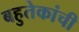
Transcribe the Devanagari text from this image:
बहुतेकांची